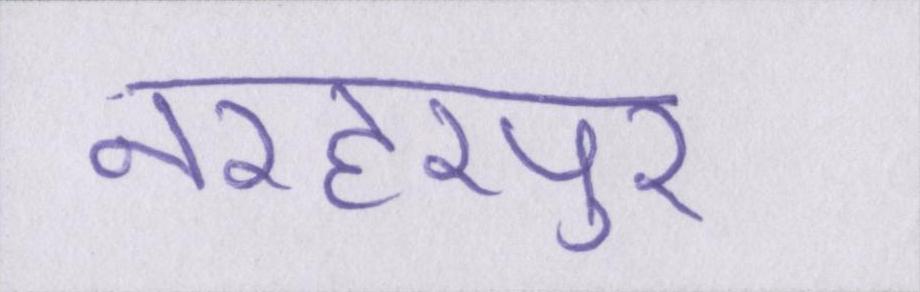
नरहरपुर